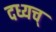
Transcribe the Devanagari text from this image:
दध्यच्